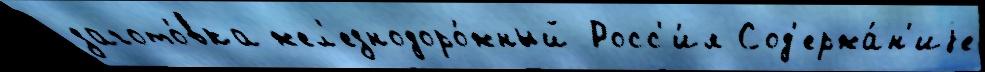
загото́вка жел'езнодоро́жный Росс'и́я Сод'ержа́н'иjе